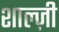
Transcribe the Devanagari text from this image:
शाल्ज़ी